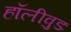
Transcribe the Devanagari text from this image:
हॉलीवुडः